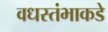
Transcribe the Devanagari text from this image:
वधस्तंभाकडे